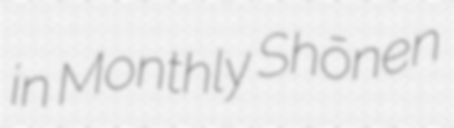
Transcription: in Monthly Shōnen